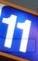
11